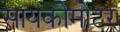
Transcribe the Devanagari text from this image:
सायकोमोटर